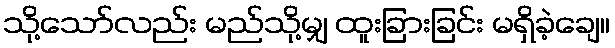
သို့သော်လည်း မည်သို့မျှ ထူးခြားခြင်း မရှိခဲ့ချေ။